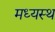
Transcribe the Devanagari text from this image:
मध्‍यस्‍थ